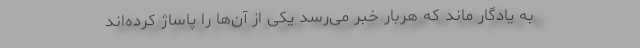
به یادگار ماند که هربار خبر می‌رسد یکی از آن‌ها را پاساژ کرده‌اند